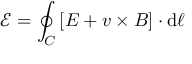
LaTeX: { \mathcal { E } } = \oint _ { C } \left[ { \boldsymbol { E } } + { \boldsymbol { v } } \times { \boldsymbol { B } } \right] \cdot \mathrm { d } { \boldsymbol { \ell } }